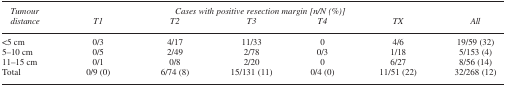
<table><thead><tr><td rowspan="2"><b>Tumour distance</b></td><td colspan="6"><b>Cases with positive resection margin [n/N (%)]</b></td></tr><tr><td><b>T1</b></td><td><b>T2</b></td><td><b>T3</b></td><td><b>T4</b></td><td><b>TX</b></td><td><b>All</b></td></tr></thead><tbody><tr><td>&lt;5 cm</td><td>0/3</td><td>4/17</td><td>11/33</td><td>0</td><td>4/6</td><td>19/59 (32)</td></tr><tr><td>5–10 cm</td><td>0/5</td><td>2/49</td><td>2/78</td><td>0/3</td><td>1/18</td><td>5/153 (4)</td></tr><tr><td>11–15 cm</td><td>0/1</td><td>0/8</td><td>2/20</td><td>0</td><td>6/27</td><td>8/56 (14)</td></tr><tr><td>Total</td><td>0/9 (0)</td><td>6/74 (8)</td><td>15/131 (11)</td><td>0/4 (0)</td><td>11/51 (22)</td><td>32/268 (12)</td></tr></tbody></table>